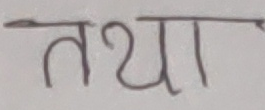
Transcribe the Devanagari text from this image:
तथा